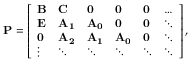
\mathbf { P } = \left[ \begin{array} { l l l l l l } { \mathbf { B } } & { \mathbf { C } } & { \mathbf { 0 } } & { \mathbf { 0 } } & { \mathbf { 0 } } & { \ldots } \\ { \mathbf { E } } & { \mathbf { A _ { 1 } } } & { \mathbf { A _ { 0 } } } & { \mathbf { 0 } } & { \mathbf { 0 } } & { \ddots } \\ { \mathbf { 0 } } & { \mathbf { A _ { 2 } } } & { \mathbf { A _ { 1 } } } & { \mathbf { A _ { 0 } } } & { \mathbf { 0 } } & { \ddots } \\ { \vdots } & { \ddots } & { \ddots } & { \ddots } & { \ddots } & { \ddots } \end{array} \right] ,